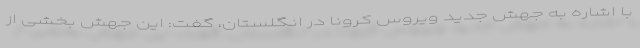
با اشاره به جهش جدید ویروس کرونا در انگلستان، گفت: این جهش بخشی از